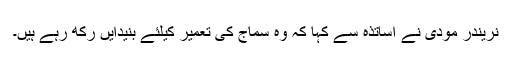
نریندر مودی نے اساتذہ سے کہا کہ وہ سماج کی تعمیر کیلئے بنیدایں رکھ رہے ہیں۔